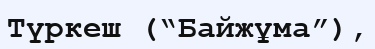
Түркеш (“Байжұма”),